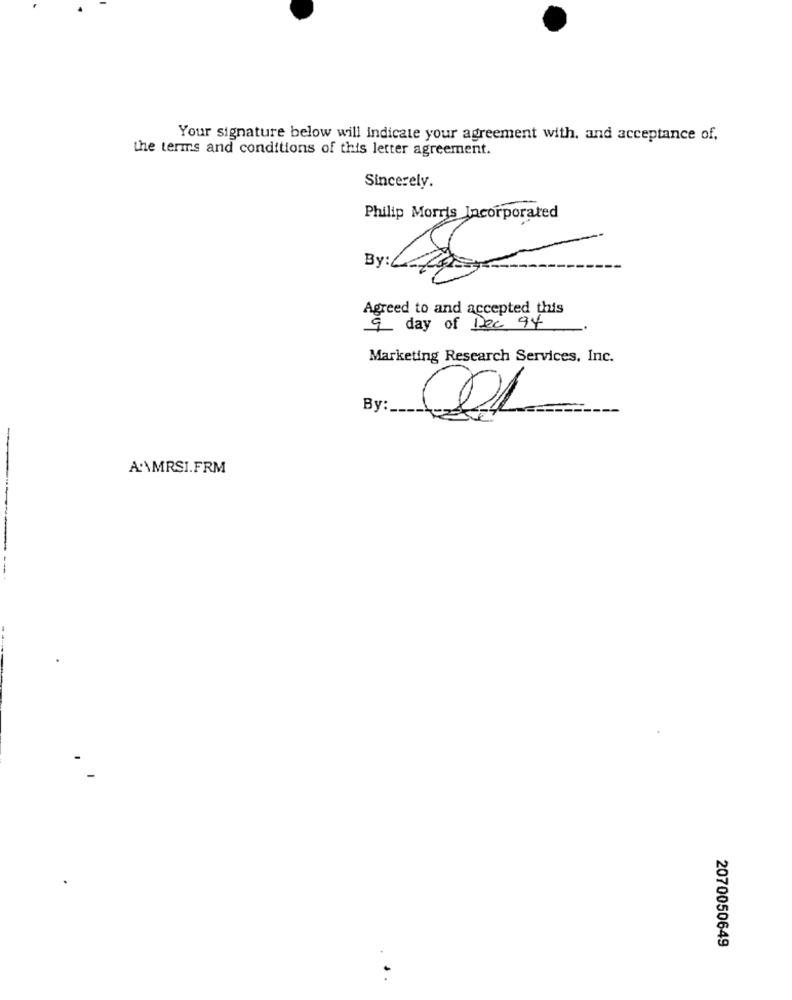
Your signature below will indicate your agreement with, and acceptance of,
the terms and conditions of this letter agreement.
Sincerely.
Philip Morris Incorporated
By :
Agreed to and accepted this
9 day of Dec 94
Marketing Research Services, Inc.
By:
-
A'\MRSI.FRM
2070050649